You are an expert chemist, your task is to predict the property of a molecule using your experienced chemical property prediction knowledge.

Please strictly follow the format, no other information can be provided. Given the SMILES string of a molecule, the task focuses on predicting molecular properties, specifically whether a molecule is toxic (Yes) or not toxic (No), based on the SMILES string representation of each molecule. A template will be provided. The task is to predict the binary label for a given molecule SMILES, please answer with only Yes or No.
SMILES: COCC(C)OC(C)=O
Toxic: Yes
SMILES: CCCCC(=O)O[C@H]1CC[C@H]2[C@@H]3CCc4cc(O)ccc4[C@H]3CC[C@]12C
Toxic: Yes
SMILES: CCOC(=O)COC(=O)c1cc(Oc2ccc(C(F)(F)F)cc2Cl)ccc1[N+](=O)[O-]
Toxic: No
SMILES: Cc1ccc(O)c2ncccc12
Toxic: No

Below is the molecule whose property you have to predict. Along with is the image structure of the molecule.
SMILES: CCC(=O)N(c1ccccc1)[C@H]1CCN(CCc2ccccc2)C[C@@H]1C
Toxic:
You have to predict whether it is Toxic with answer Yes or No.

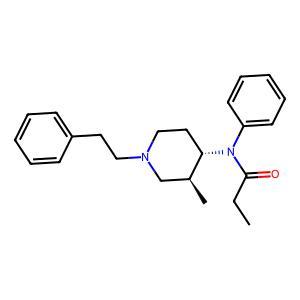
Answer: No